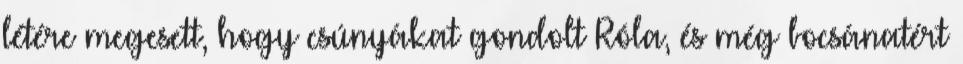
létére megesett, hogy csúnyákat gondolt Róla, és még bocsánatért